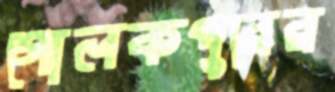
গোলকপুরের